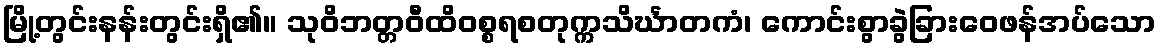
မြို့တွင်းနန်းတွင်းရှိ၏။ သုဝိဘတ္တဝီထိဝစ္စရစတုက္ကသိင်္ဃာတကံ၊ ကောင်းစွာခွဲခြားဝေဖန်အပ်သော